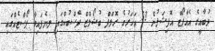
ދުބާއީގެ އެއާޕޯޓް އޮފިޝަލުން 53 އަހަރުގެ ރޮލްފް ބުޝޯލްޒް ފޭސްބުކްގައި ލިޔެފައިވާ ޕޯސްޓެއްގައި